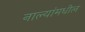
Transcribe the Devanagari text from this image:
नाल्यांमधील